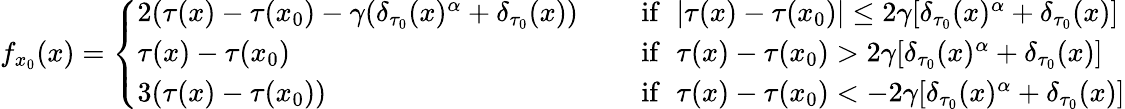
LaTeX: f_{x_{0}}(x)=\left\{ \begin{array}{lcl}{2(\tau(x)-\tau(x_{0})-\gamma(\delta_{\tau_{0}}(x)^{\alpha}+\delta_{\tau_{0}}(x))}&&{\mathrm{~if~}\, \, |\tau(x)-\tau(x_{0})|\leq 2\gamma[\delta_{\tau_{0}}(x)^{\alpha}+\delta_{\tau_{0}}(x)]}\\ {\tau(x)-\tau(x_{0})}&&{\mathrm{~if~}\, \, \tau(x)-\tau(x_{0})>2\gamma[\delta_{\tau_{0}}(x)^{\alpha}+\delta_{\tau_{0}}(x)]}\\ {3(\tau(x)-\tau(x_{0}))}&&{\mathrm{~if~}\, \, \tau(x)-\tau(x_{0})<-2\gamma[\delta_{\tau_{0}}(x)^{\alpha}+\delta_{\tau_{0}}(x)]}\end{array}\right.